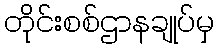
တိုင်းစစ်ဌာနချုပ်မှ